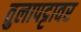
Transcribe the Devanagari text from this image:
तुलापट्टावर